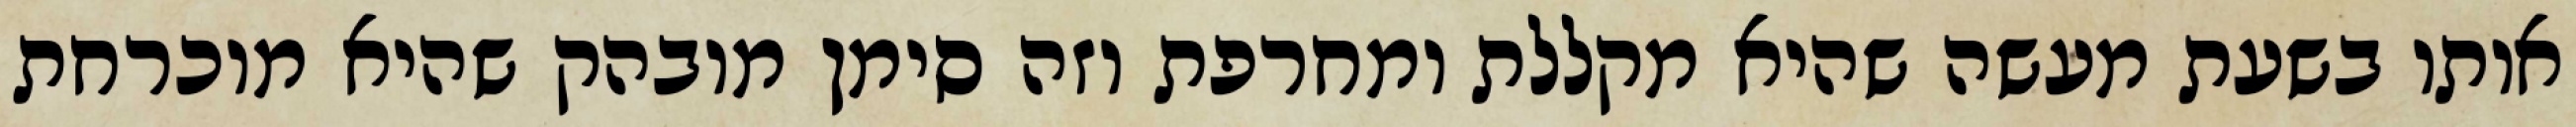
אותו בשעת מעשה שהיא מקללת ומחרפת וזה סימן מובהק שהיא מוכרחת